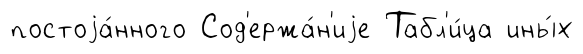
постоjа́нного Сод'ержа́н'иjе Табл'и́ца ины́х